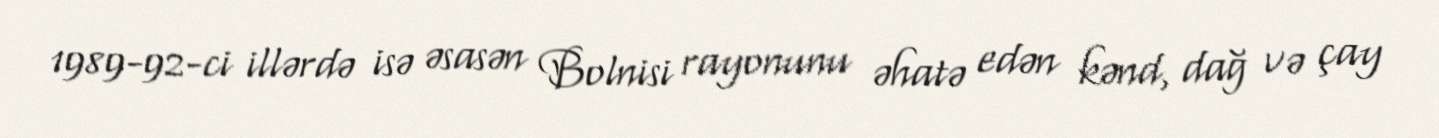
1989-92-ci illərdə isə əsasən Bolnisi rayonunu əhatə edən kənd, dağ və çay